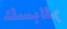
بملابسك